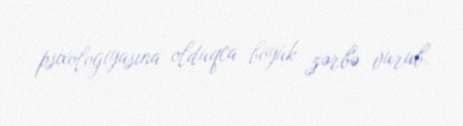
psixologiyasına olduqca böyük zərbə vurub.